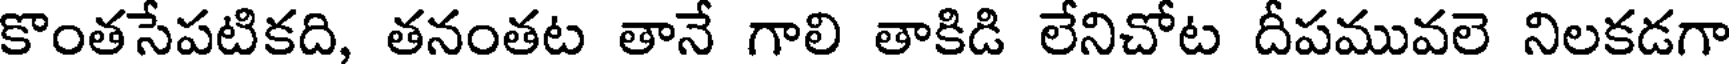
కొంతసేపటికది, తనంతట తానే గాలి తాకిడి లేనిచోట దీపమువలె నిలకడగా